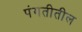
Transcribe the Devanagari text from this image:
पंगतीतील